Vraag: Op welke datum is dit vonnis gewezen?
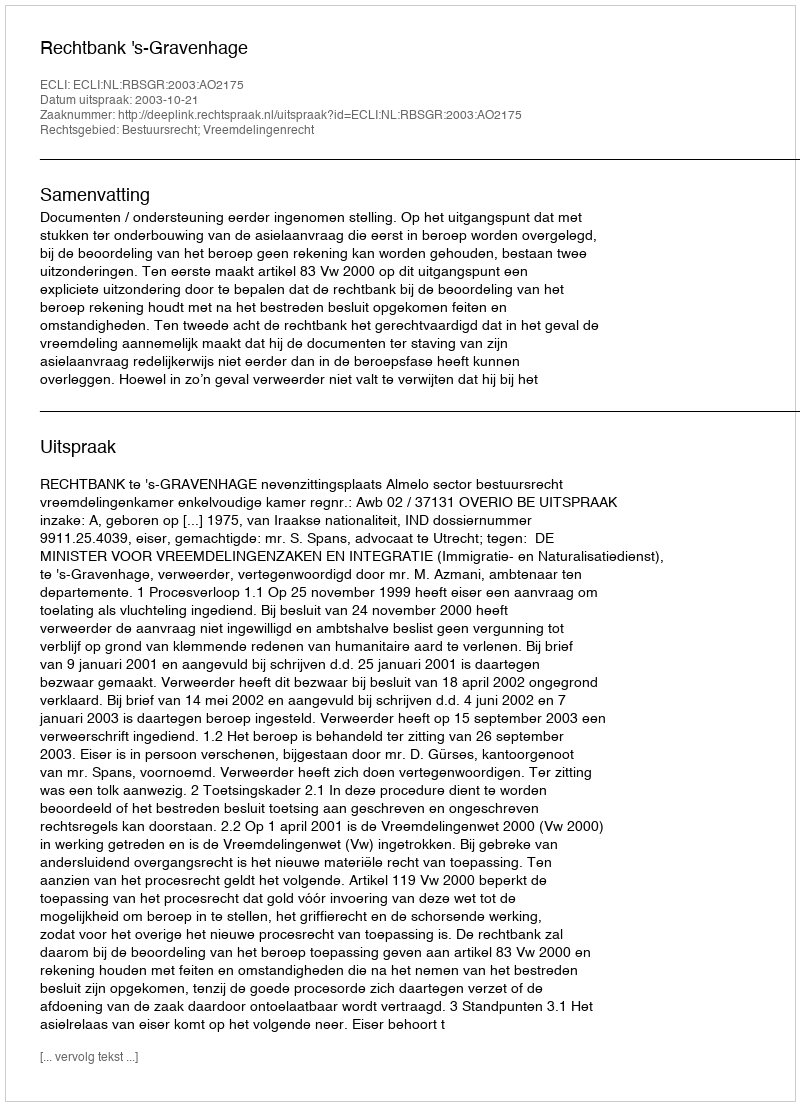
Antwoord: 2003-10-21